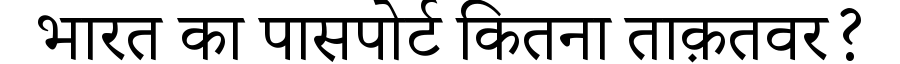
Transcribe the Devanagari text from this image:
भारत का पासपोर्ट कितना ताक़तवर?